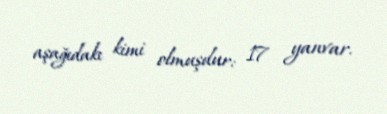
aşağıdakı kimi olmuşdur: 17 yanvar.